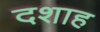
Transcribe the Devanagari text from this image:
दशाह